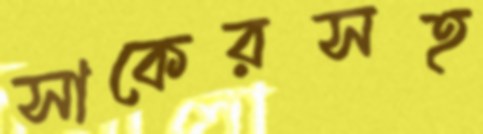
সাকেরসহ